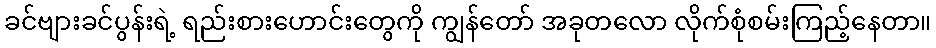
ခင်ဗျားခင်ပွန်းရဲ့ ရည်းစားဟောင်းတွေကို ကျွန်တော် အခုတလော လိုက်စုံစမ်းကြည့်နေတာ။